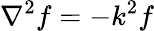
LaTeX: \nabla^{2}f=-k^{2}f